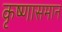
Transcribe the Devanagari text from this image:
कृष्णासमान